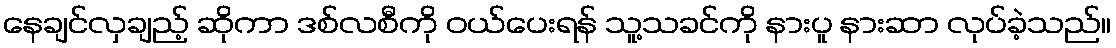
နေချင်လှချည့် ဆိုကာ ဒစ်လစီကို ဝယ်ပေးရန် သူ့သခင်ကို နားပူ နားဆာ လုပ်ခဲ့သည်။